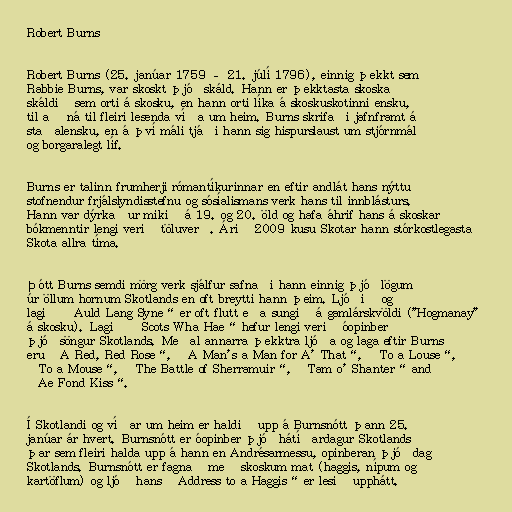
Robert Burns

Robert Burns (25. janúar 1759 – 21. júlí 1796), einnig þekkt sem
Rabbie Burns, var skoskt þjóðskáld. Hann er þekktasta skoska
skáldið sem orti á skosku, en hann orti líka á skoskuskotinni ensku,
til að ná til fleiri lesenda víða um heim. Burns skrifaði jafnframt á
staðalensku, en á því máli tjáði hann sig hispurslaust um stjórnmál
og borgaralegt líf.

Burns er talinn frumherji rómantíkurinnar en eftir andlát hans nýttu
stofnendur frjálslyndisstefnu og sósíalismans verk hans til innblásturs.
Hann var dýrkaður mikið á 19. og 20. öld og hafa áhrif hans á skoskar
bókmenntir lengi verið töluverð. Árið 2009 kusu Skotar hann stórkostlegasta
Skota allra tíma.

Þótt Burns semdi mörg verk sjálfur safnaði hann einnig þjóðlögum
úr öllum hornum Skotlands en oft breytti hann þeim. Ljóðið og
lagið „Auld Lang Syne“ er oft flutt eða sungið á gamlárskvöldi ("Hogmanay"
á skosku). Lagið „Scots Wha Hae“ hefur lengi verið óopinber
þjóðsöngur Skotlands. Meðal annarra þekktra ljóða og laga eftir Burns
eru „A Red, Red Rose“, „A Man's a Man for A' That“, „To a Louse“,
„To a Mouse“, „The Battle of Sherramuir“, „Tam o' Shanter“ and
„Ae Fond Kiss“.

Í Skotlandi og víðar um heim er haldið upp á Burnsnótt þann 25.
janúar ár hvert. Burnsnótt er óopinber þjóðhátíðardagur Skotlands
þar sem fleiri halda upp á hann en Andrésarmessu, opinberan þjóðdag
Skotlands. Burnsnótt er fagnað með skoskum mat (haggis, nípum og
kartöflum) og ljóð hans „Address to a Haggis“ er lesið upphátt.